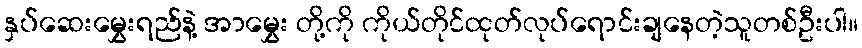
နှပ်ဆေးမွှေးရည်နဲ့ အာမွှေး တို့ကို ကိုယ်တိုင်ထုတ်လုပ်ရောင်းချနေတဲ့သူတစ်ဦးပါ။